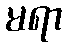
မရာ